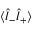
\langle \hat { l } _ { - } \hat { l } _ { + } \rangle